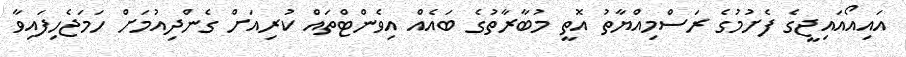
އައިއޯއައިޖީގެ ފެށުމުގެ ރަސްމިއްޔާތު އޮތީ މުބާރާތުގެ ބައެއް އިވެންޓްތައް ކުރިއަށް ގެންދިއުމަށް ހަމަޖެހިފައިވާ